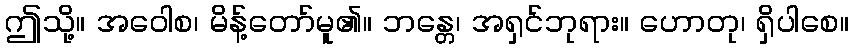
ဤသို့။ အဝေါစ၊ မိန့်တော်မူ၏။ ဘန္တေ၊ အရှင်ဘုရား။ ဟောတု၊ ရှိပါစေ။